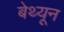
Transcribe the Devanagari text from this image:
बेथ्यून